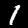
Label: 1